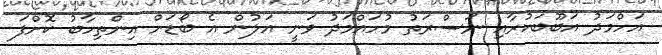
އަހްމަދު އަބޫބަކުރާއި ނަސްރަތު މުހައްމަދު ވަނީ އަލުން އެ ބޯޑަށް އިންތިހާބު ކޮށްފަ